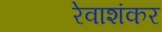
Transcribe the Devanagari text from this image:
रेवाशंकर